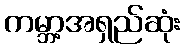
ကမ္ဘာ့အရှည်ဆုံး